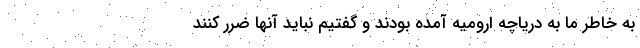
به خاطر ما به دریاچه ارومیه آمده بودند و گفتیم نباید آنها ضرر کنند